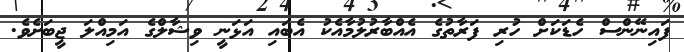
ފައިނޭންސް ހެޑަކަށް ހުރި ފަރާތުގެ އެއްބާރުލުމާއެކު އެބައި އަޅަނީ ވިޝާލްގެ އަމިއްލަ ޖީބަށެވެ.